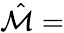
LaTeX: \hat{\mathcal{M}}=